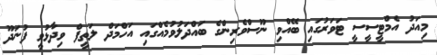
މިއަދު އެމްޓީސީސީ ޓަވަރުގައި ބޭއްވި ނޫސްވެރިންގެ ބައްދަލުވުމެއްގައި އަހްމަދް ލަތީފް ވިދާޅުވީ ފުނަދޫ